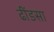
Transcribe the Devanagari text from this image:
ढींडसा